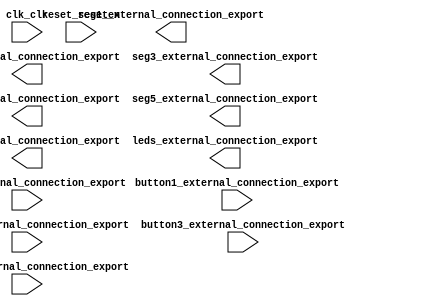

module hello_world_qsys (
	clk_clk,
	reset_reset_n,
	seg1_external_connection_export,
	seg2_external_connection_export,
	seg3_external_connection_export,
	seg4_external_connection_export,
	seg5_external_connection_export,
	seg6_external_connection_export,
	switch_external_connection_export,
	button1_external_connection_export,
	button2_external_connection_export,
	button3_external_connection_export,
	button4_external_connection_export,
	leds_external_connection_export);	

	input		clk_clk;
	input		reset_reset_n;
	output	[6:0]	seg1_external_connection_export;
	output	[6:0]	seg2_external_connection_export;
	output	[6:0]	seg3_external_connection_export;
	output	[6:0]	seg4_external_connection_export;
	output	[6:0]	seg5_external_connection_export;
	output	[6:0]	seg6_external_connection_export;
	input		switch_external_connection_export;
	input		button1_external_connection_export;
	input		button2_external_connection_export;
	input		button3_external_connection_export;
	input		button4_external_connection_export;
	output	[4:0]	leds_external_connection_export;
endmodule